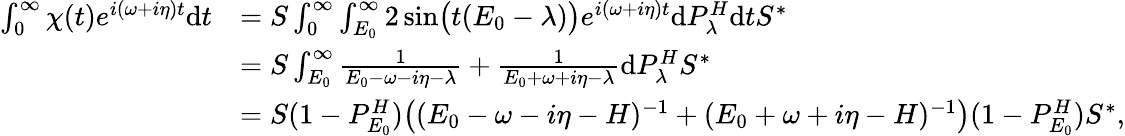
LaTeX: \begin{array}{rl}{\int_{0}^{\infty}\chi(t)e^{i(\omega+i\eta)t}\mathrm{d}t}&{=S\int_{0}^{\infty}\int_{E_{0}}^{\infty}2\sin\bigr(t(E_{0}-\lambda)\bigr)e^{i(\omega+i\eta)t}\mathrm{d}P_{\lambda}^{H}\mathrm{d}tS^{\ast}}\\ &{=S\int_{E_{0}}^{\infty}\frac{1}{E_{0}-\omega-i\eta-\lambda}+\frac{1}{E_{0}+\omega+i\eta-\lambda}\mathrm{d}P_{\lambda}^{H}S^{\ast}}\\ &{=S(1-P_{E_{0}}^{H})\bigr((E_{0}-\omega-i\eta-H)^{-1}+(E_{0}+\omega+i\eta-H)^{-1}\bigr)(1-P_{E_{0}}^{H})S^{\ast},}\end{array}